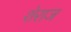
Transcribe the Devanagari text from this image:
शेराज